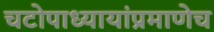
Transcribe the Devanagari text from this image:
चटोपाध्यायांप्रमाणेच